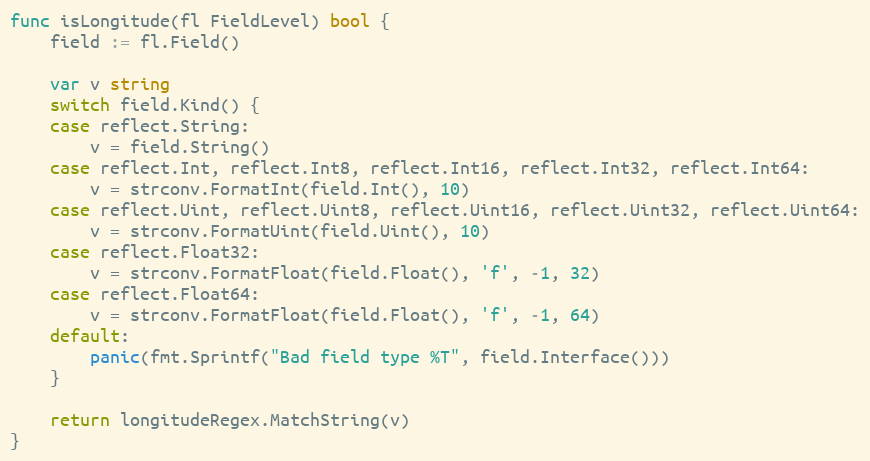
Language: Go
func isLongitude(fl FieldLevel) bool {
	field := fl.Field()

	var v string
	switch field.Kind() {
	case reflect.String:
		v = field.String()
	case reflect.Int, reflect.Int8, reflect.Int16, reflect.Int32, reflect.Int64:
		v = strconv.FormatInt(field.Int(), 10)
	case reflect.Uint, reflect.Uint8, reflect.Uint16, reflect.Uint32, reflect.Uint64:
		v = strconv.FormatUint(field.Uint(), 10)
	case reflect.Float32:
		v = strconv.FormatFloat(field.Float(), 'f', -1, 32)
	case reflect.Float64:
		v = strconv.FormatFloat(field.Float(), 'f', -1, 64)
	default:
		panic(fmt.Sprintf("Bad field type %T", field.Interface()))
	}

	return longitudeRegex.MatchString(v)
}